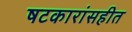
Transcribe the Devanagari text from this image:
षटकारांसहीत